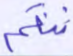
تنقم